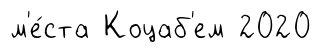
м'е́ста Коцаб'ем 2020